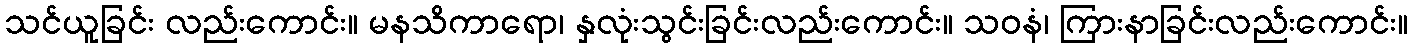
သင်ယူခြင်း လည်းကောင်း။ မနသိကာရော၊ နှလုံးသွင်းခြင်းလည်းကောင်း။ သဝနံ၊ ကြားနာခြင်းလည်းကောင်း။